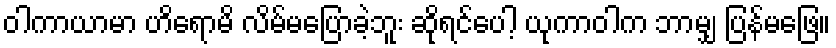
ဝါကာယာမာ ဟိရောမိ လိမ်မပြောခဲ့ဘူး ဆိုရင်ပေါ့ ယုကာဝါက ဘာမျှ ပြန်မဖြေ။